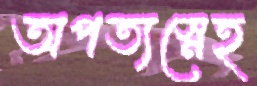
অপত্যস্নেহ